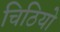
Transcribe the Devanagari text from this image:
चिठियो